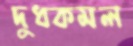
দুধকমল